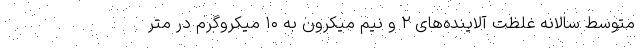
متوسط سالانه غلظت آلاینده‌های ۲ و نیم میکرون به ۱۰ میکروگرم در متر